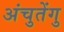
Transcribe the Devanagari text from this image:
अंचुतेंगु